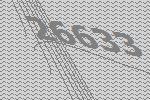
26633